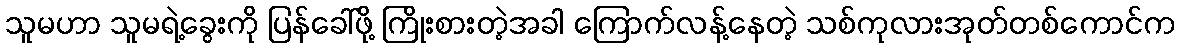
သူမဟာ သူမရဲ့ခွေးကို ပြန်ခေါ်ဖို့ ကြိုးစားတဲ့အခါ ကြောက်လန့်နေတဲ့ သစ်ကုလားအုတ်တစ်ကောင်က